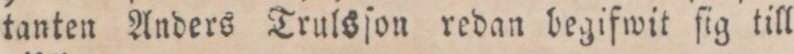
tanten Anders Trulsſon redan begifwit fig till